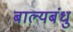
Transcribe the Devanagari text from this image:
बाल्यबंधु